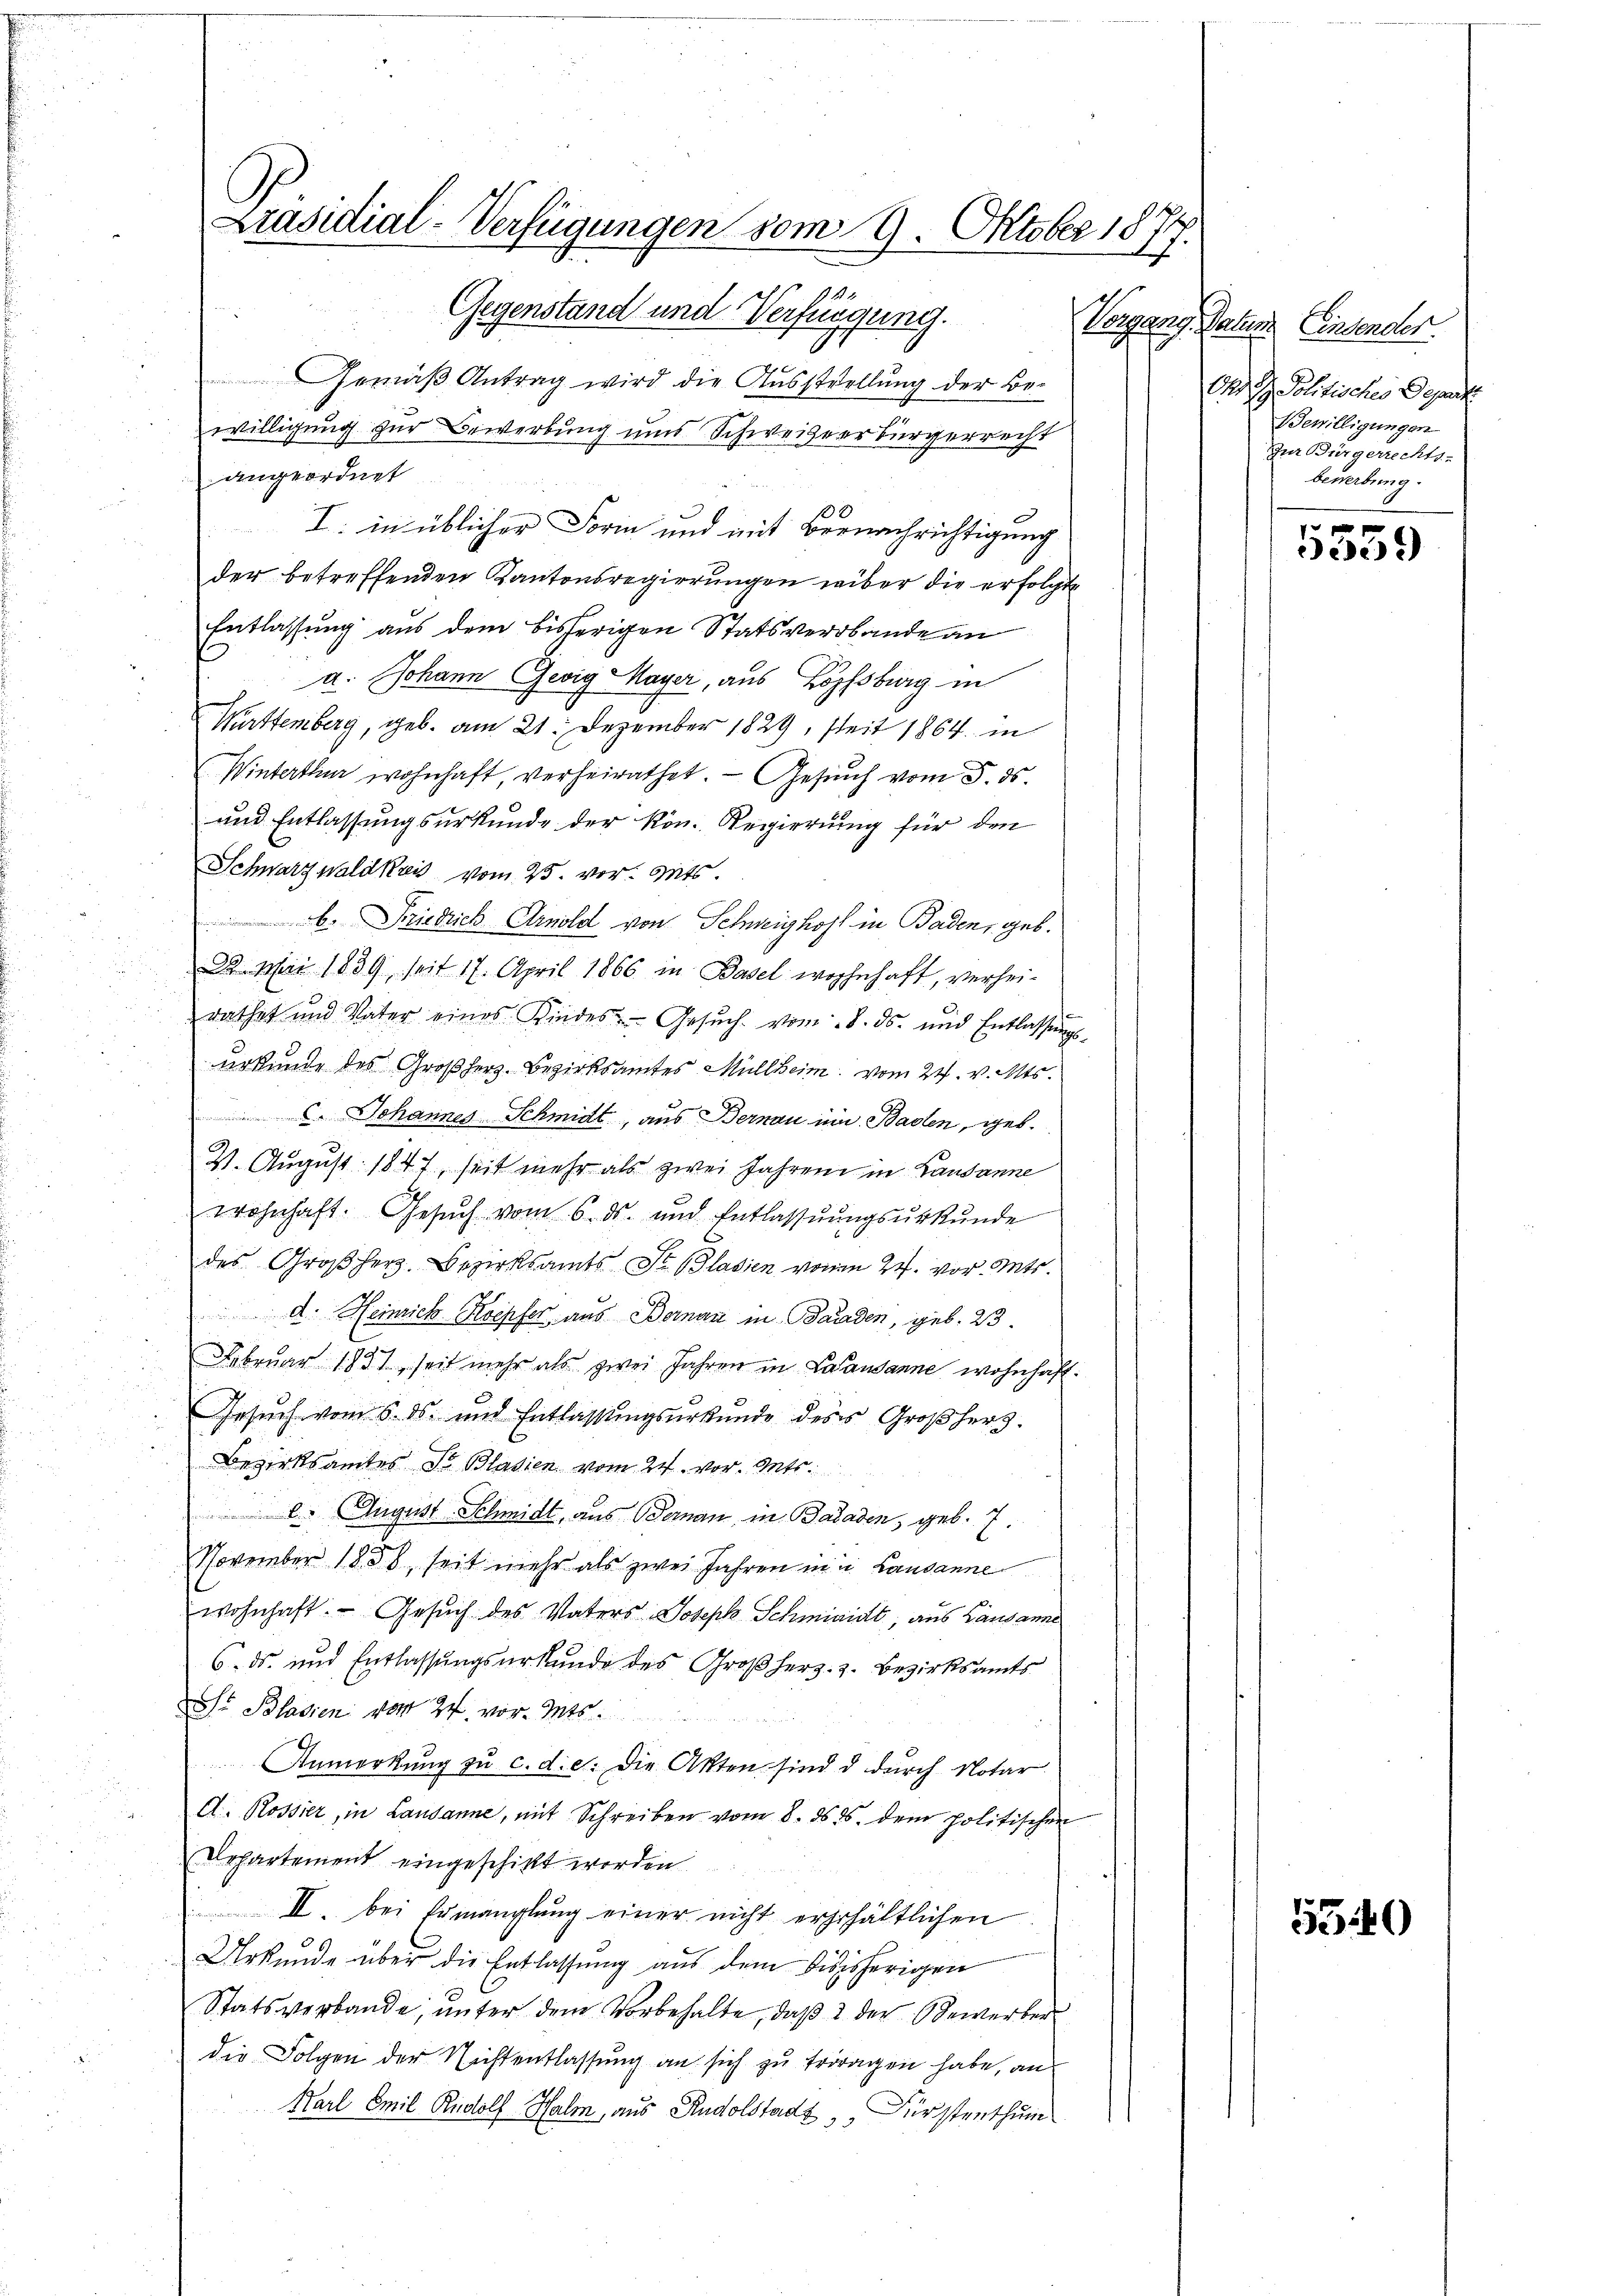
Präsidial-Verfügungen vom 9. Oktober 1877.
Gegenstand und Verfügung.

Gemäß Antrag wird die Ausstellung der Bewilligung zur Bewerbung und Schweizerbürgerrecht
angeordnet
I. in üblicher Form und mit Bernachrichtigung
der betreffenden Kantonsregierungen wiber die erfolgte
Entlassung aus dem bisherigen Statsverbande an
a. Johann Gewig Mayer, aus Hofburg in
Württemberg, geb. am 21. Dezember 1829, seit 1864 in
Winterthur wohnhaft, verheirathet. Gesuch vom 5. ds.
und Entlassungsurkunde der Kön. Regierung für den
Schwarzwaldkreis vom 25. vor. Zeits
b. Friedrich Arnold von Schweighoff in Baden, geb.
32. Mai 1839, seit 17. April 1866 in Basel wohnhaft, verhei-
rathet und Vater eines Kindes Gesŭch vom 8. ds. und Entlassŭngs-
urkunde des Großherz. Bezirksamtes Müllheim vom 24. v. Mts.
. Johannes Schmidt, aus Bernau um Basten, geb.
2. August 1847, seit mehr als zwei Jahren in Lausanne
wohnhaft. Gesŭch vom 6. ds. und Entlassŭngsŭrkŭnde
des Großherz. Bezirksamts St. Glasien vom 24. vor. Mts.
 d. Heinrich Koepfer, aus Bernau in Baaden, geb. 23.
Februar 1831, seit mehr als zwei Jahren in Lausanne wohnhaft.
Gesuch vom 6. ds. und Entlassungsurkunde ders Großherz.
Bezirksamtes Dr Blasien vom 24. vor. Mts.
 6. August Schmidt, aus Bernau, in Baaden, geb. 7.
November 1838, seit mehr als zwei Jahren in u. Lausanne
wohnhaft. — Gesuch des Vaters Joseph Schmiaidt, aus Lausanne
6. ds. und Entlassungsurkunde des Großherz. z. Bezirksamts
S. Blasien vom 24. vor. Mts.
Anmerkung zu c. d. d. die Akten sind d durch Notar
A. Rossier, in Lausanne, mit Schreiben vom 8. ds. ds. dem politischen
Departement eingeschickt worden.
 II. bei Ermanglung einer nicht erhehältlichen
Urkunde über die Entlassung aus dem digisherigen
Statsverbande, unter dem Vorbehalte, daß 2 der Bewerber
die Folgen der Nichtentlassung an sich zu tragen habe, an
Karl Emil Rudolf Halm, aus Rudolstadt Fürstenthum

Vorgang. Natur Einsender.
Dr H. Politisches Departe
Bewilligungen
Zur Bürgerrechts-
bewerbung.

22)

5340